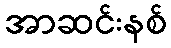
အာဆင်းနစ်